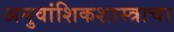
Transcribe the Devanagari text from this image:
अनुवांशिकशास्त्राचा